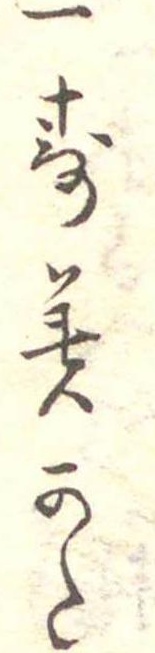
一すみかた